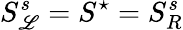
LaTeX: S_{\mathscr{L}}^{s}=S^{\star}=S_{R}^{s}